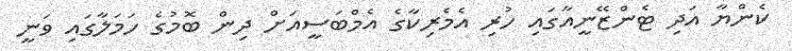
ކެންޔާ އަދި ޓެންޒޭނީއާގައި ހުރި އެމެރިކާގެ އެމްބަސީއަށް ދިން ބޮމުގެ ހަމަލާގައި ވަނީ